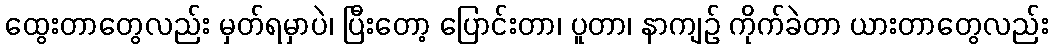
ထွေးတာတွေလည်း မှတ်ရမှာပဲ၊ ပြီးတော့ ပြောင်းတာ၊ ပူတာ၊ နာကျဉ် ကိုက်ခဲတာ ယားတာတွေလည်း